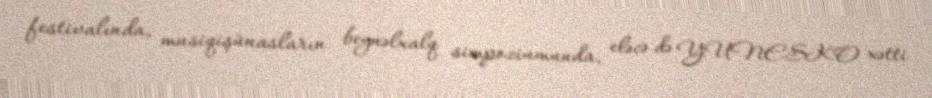
festivalında, musiqişünasların beynəlxalq simpoziumunda, eləcə də YUNESKO xətti